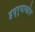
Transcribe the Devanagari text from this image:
इष्र्याखोर